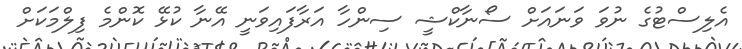
އެލިސްޓުގެ ނުވަ ވަނައަށް ސޯނާކްޝީ ސިންހާ އަރާފައިވަނީ އޭނާ ކުޅޭ ކޮންމެ ފިލްމަކަށް